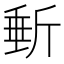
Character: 𣂩